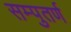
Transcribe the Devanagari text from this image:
सम्पुतर्ण